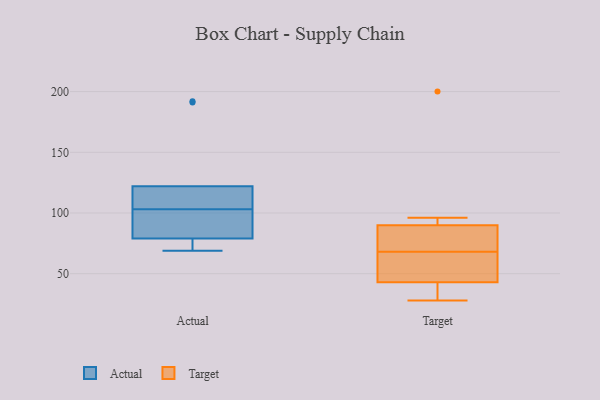
{"axis": {"x": "Page Views", "y": "Value"}, "legend": ["Actual", "Target"], "data": [{"x": "", "y": 79, "type": "Actual"}, {"x": "", "y": 77, "type": "Actual"}, {"x": "", "y": 122, "type": "Actual"}, {"x": "", "y": 192, "type": "Actual"}, {"x": "", "y": 191, "type": "Actual"}, {"x": "", "y": 84, "type": "Actual"}, {"x": "", "y": 69, "type": "Actual"}, {"x": "", "y": 119, "type": "Actual"}, {"x": "", "y": 106, "type": "Actual"}, {"x": "", "y": 100, "type": "Actual"}, {"x": "", "y": 59, "type": "Target"}, {"x": "", "y": 43, "type": "Target"}, {"x": "", "y": 28, "type": "Target"}, {"x": "", "y": 96, "type": "Target"}, {"x": "", "y": 42, "type": "Target"}, {"x": "", "y": 77, "type": "Target"}, {"x": "", "y": 90, "type": "Target"}, {"x": "", "y": 90, "type": "Target"}, {"x": "", "y": 53, "type": "Target"}, {"x": "", "y": 200, "type": "Target"}]}